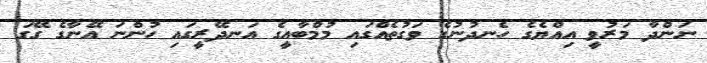
ނަންދާ މަރުވީ އިއްޔެގެ ހެނދުނުގެ ވަގުތެއްގައި މުމްބާއީގެ އަނދޭރީގައި ހުންނަ އޭނާގެ ގޭގަ